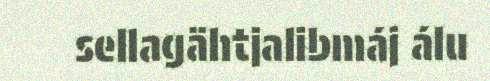
sellagähtjalibmáj álu